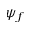
\psi _ { f }